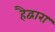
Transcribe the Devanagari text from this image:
हैद्वारा